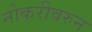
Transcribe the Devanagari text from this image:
नोकरीवरुन